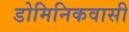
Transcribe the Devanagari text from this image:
डोमिनिकवासी